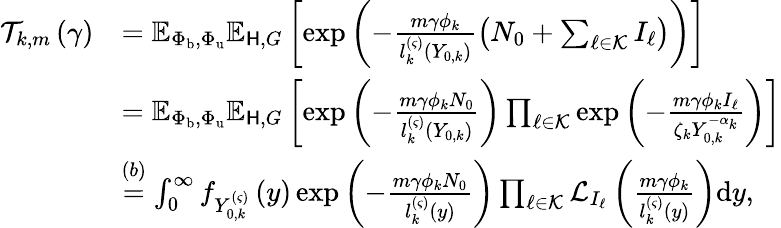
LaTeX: \begin{array}{rl}{\mathcal{T}_{k,m}\left(\gamma\right)}&{=\mathbb{E}_{\Phi_{\mathrm{b}},\Phi_{\mathrm{u}}}\mathbb{E}_{\mathsf{H},G}\left[\exp\left(-\frac{m\gamma\phi_{k}}{l_{k}^{\left(\varsigma\right)}\left(Y_{0,k}\right)}\left(N_{0}+\sum_{\ell\in\mathcal{K}}{I_{\ell}}\right)\right)\right]}\\ &{=\mathbb{E}_{\Phi_{\mathrm{b}},\Phi_{\mathrm{u}}}\mathbb{E}_{\mathsf{H},G}\left[\exp\left(-\frac{m\gamma\phi_{k}N_{0}}{l_{k}^{\left(\varsigma\right)}\left(Y_{0,k}\right)}\right)\prod_{\ell\in\mathcal{K}}{\exp\left(-\frac{m\gamma\phi_{k}I_{\ell}}{\zeta_{k}Y_{0,k}^{-\alpha_{k}}}\right)}\right]}\\ &{{\overset{(b)}{=}\int_{0}^{\infty}{f_{Y_{0,k}^{\left(\varsigma\right)}}\left(y\right)\exp\left(-\frac{m\gamma\phi_{k}N_{0}}{l_{k}^{\left(\varsigma\right)}\left(y\right)}\right)\prod_{\ell\in\mathcal{K}}{\mathcal{L}_{I_{\ell}}\left(\frac{m\gamma\phi_{k}}{l_{k}^{\left(\varsigma\right)}\left(y\right)}\right)}\mathrm{d}y}},}\end{array}